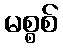
မစ္စစ်